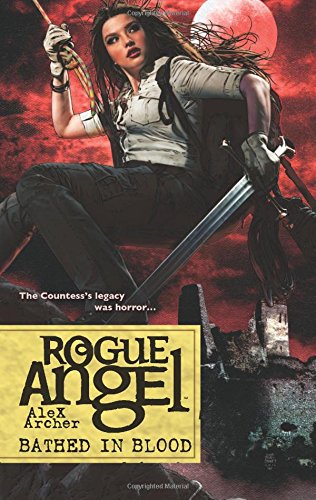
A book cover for Bathed in Blood (Rogue Angel); Alex Archer; Literature & Fiction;